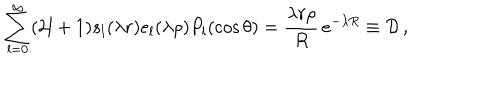
\sum _ { l = 0 } ^ { \infty } ( 2 l + 1 ) s _ { l } ( \lambda r ) e _ { l } ( \lambda \rho ) P _ { l } ( \cos \theta ) = \frac { \lambda r \rho } { R } \, e ^ { - \lambda R } \equiv { \cal D } \, ,